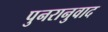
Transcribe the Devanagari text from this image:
पुनरानुवाद